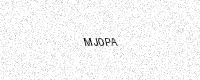
Text: MJ0PA